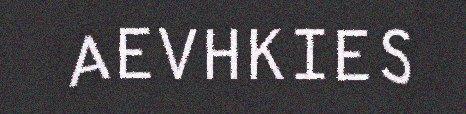
AEVHKIES